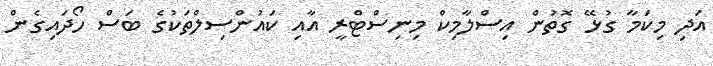
އަދި މިކަމާ ގުޅޭ ގޮތުން އިސްލާމިކް މިނިސްޓްރީ އާއި ކައުންސިލްތަކުގެ ބަސް ހޯދައިގެން